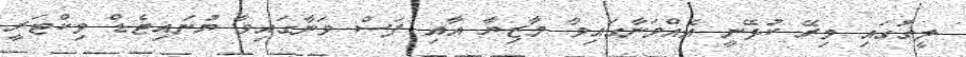
ލީގުގައި މިރޭ ކުޅޭނީ އެއްވަނާގައިވާ މާޒިޔާ އާއި ފަސް ވަނާގައިވާ ޔުނައިޓެޑް ވިކްޓަރީ